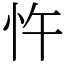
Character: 忤